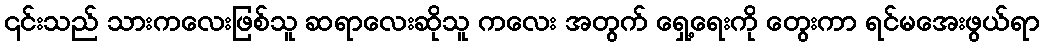
၎င်းသည် သားကလေးဖြစ်သူ ဆရာလေးဆိုသူ ကလေး အတွက် ရှေ့ရေးကို တွေးကာ ရင်မအေးဖွယ်ရာ